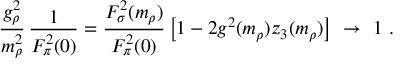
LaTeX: \frac { g _ { \rho } ^ { 2 } } { m _ { \rho } ^ { 2 } } \, \frac { 1 } { F _ { \pi } ^ { 2 } ( 0 ) } = \frac { F _ { \sigma } ^ { 2 } ( m _ { \rho } ) } { F _ { \pi } ^ { 2 } ( 0 ) } \left[ 1 - 2 g ^ { 2 } ( m _ { \rho } ) z _ { 3 } ( m _ { \rho } ) \right] \ \rightarrow \ 1 \ .